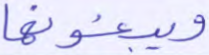
ويبغونها